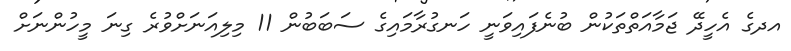
އދގެ އެހީދޭ ޖަމާއަތްތަކުން ބުނެފައިވަނީ ހަނގުރާމައިގެ ސަބަބުން 11 މިލިއަނަށްވުރެ ގިނަ މީހުންނަށް